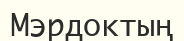
Мэрдоктың